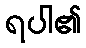
ရပါ၏